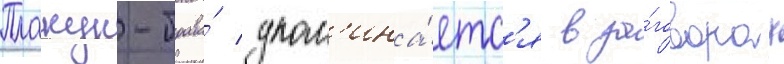
Плакун-трава́ упом'ина́етс'я в за́говорах